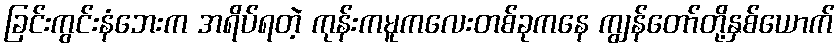
ခြင်းကွင်းနံဘေးက အရိပ်ရတဲ့ ကုန်းကမူကလေးတစ်ခုကနေ ကျွန်တော်တို့နှစ်ယောက်